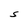
Character: S